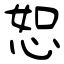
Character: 恕